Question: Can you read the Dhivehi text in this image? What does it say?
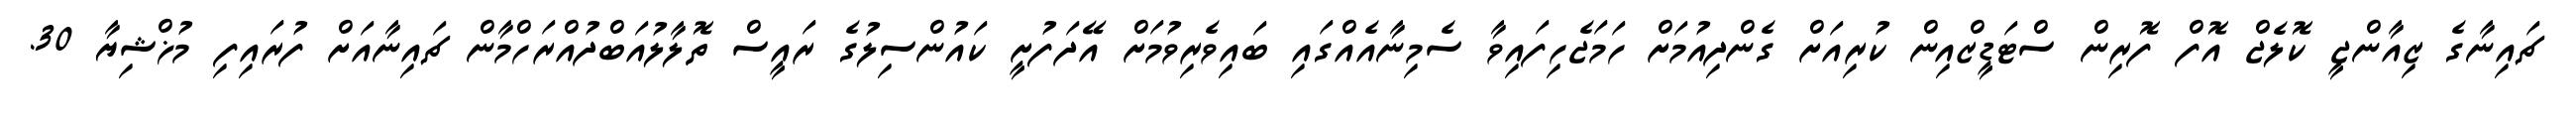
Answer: ޗައިނާގެ ޒިއާންޖީ ކޮލެޖް އޮފް ފޮރިން ސްޓަޑީޒްއިން ކުރިއަށް ގެންދިއުމަށް ހަމަޖެހިފައިވާ ސެމިނާއެއްގައި ބައިވެރިވުމަށް އޭދަފުށީ ކައުންސިލުގެ ރައީސް ތޮލާލުއަބްދުއްރަހްމާން ޗައިނާއަށް ފުރައިފި މުޚްޝިޔާ 30.